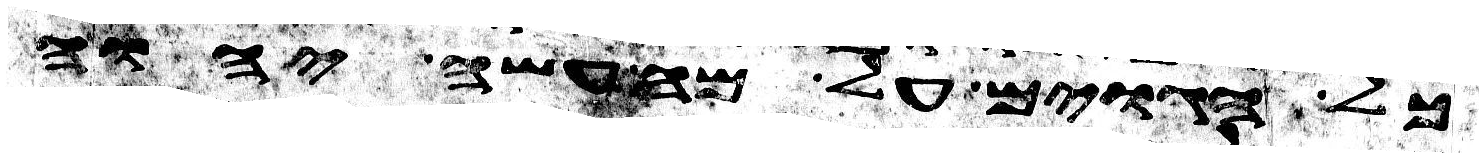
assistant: כל הגוים על מה עשה יהוה